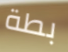
بطة